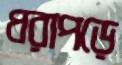
ধরাপড়ে